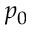
p _ { 0 }